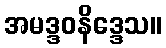
အမဒ္ဒဝနိဒ္ဒေသ။